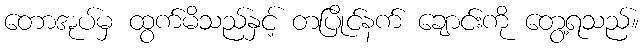
တောအုပ်မှ ထွက်မိသည်နှင့် တပြိုင်နက် ချောင်းကို တွေ့ရသည်။